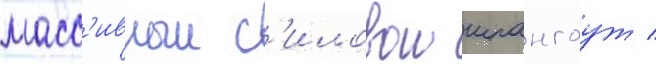
масс'ивныи с'иловои шпангоут /